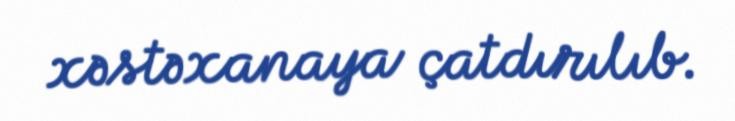
xəstəxanaya çatdırılıb.